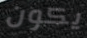
يكون